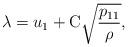
LaTeX: \begin{align*} \lambda=u_1+\mathrm{C}\sqrt{\dfrac{p_{11}}{\rho}}, \end{align*}